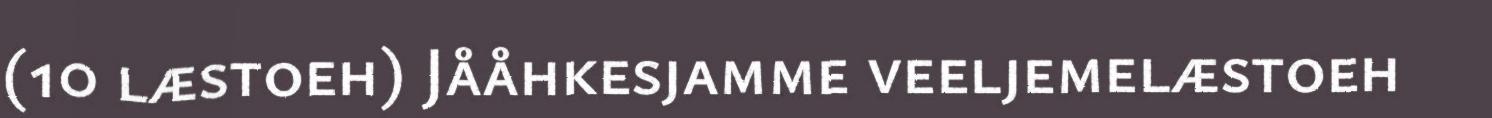
(10 læstoeh) Jååhkesjamme veeljemelæstoeh